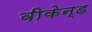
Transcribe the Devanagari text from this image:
वीकेन्ड